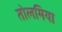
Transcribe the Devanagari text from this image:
तोलमिया